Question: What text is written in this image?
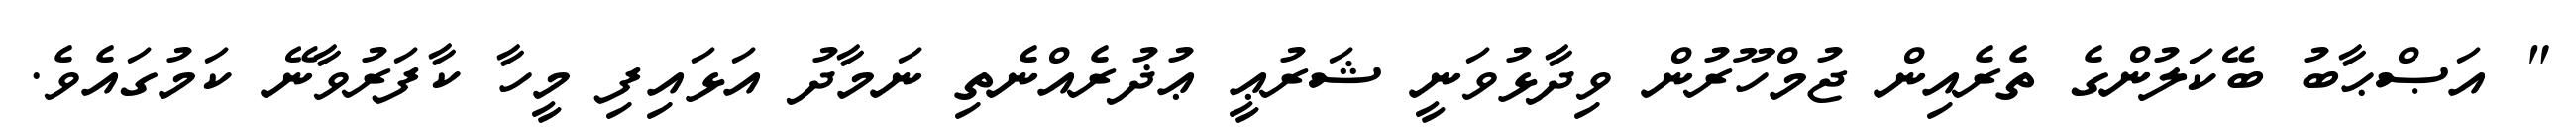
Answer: " އަޞްޙާބު ބޭކަލުންގެ ތެރެއިން ޖުމްހޫރުން ވިދާޅުވަނީ ޝަރުޢީ ޢުޛުރެއްނެތި ނަމާދު އަޅައިފި މީހާ ކާފަރުވާނޭ ކަމުގައެވެ.